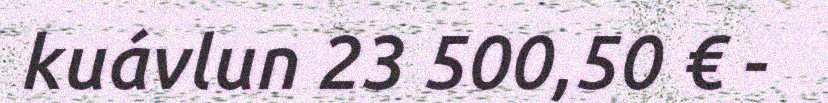
kuávlun 23 500,50 € -